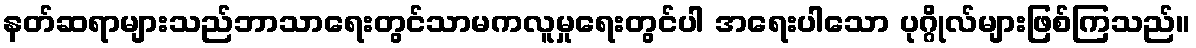
နတ်ဆရာများသည်ဘာသာရေးတွင်သာမကလူမှုရေးတွင်ပါ အရေးပါသော ပုဂ္ဂိုလ်များဖြစ်ကြသည်။